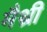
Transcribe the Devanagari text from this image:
मैथ्री